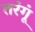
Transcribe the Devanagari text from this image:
तरंगूं